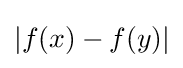
|f(x)-f(y)|